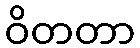
ဝိတတာ